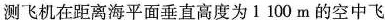
测飞机在距离海平面垂直高度为1100m的空中飞